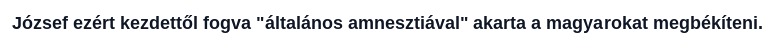
József ezért kezdettől fogva "általános amnesztiával" akarta a magyarokat megbékíteni.